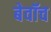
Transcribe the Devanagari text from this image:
बेवॉच